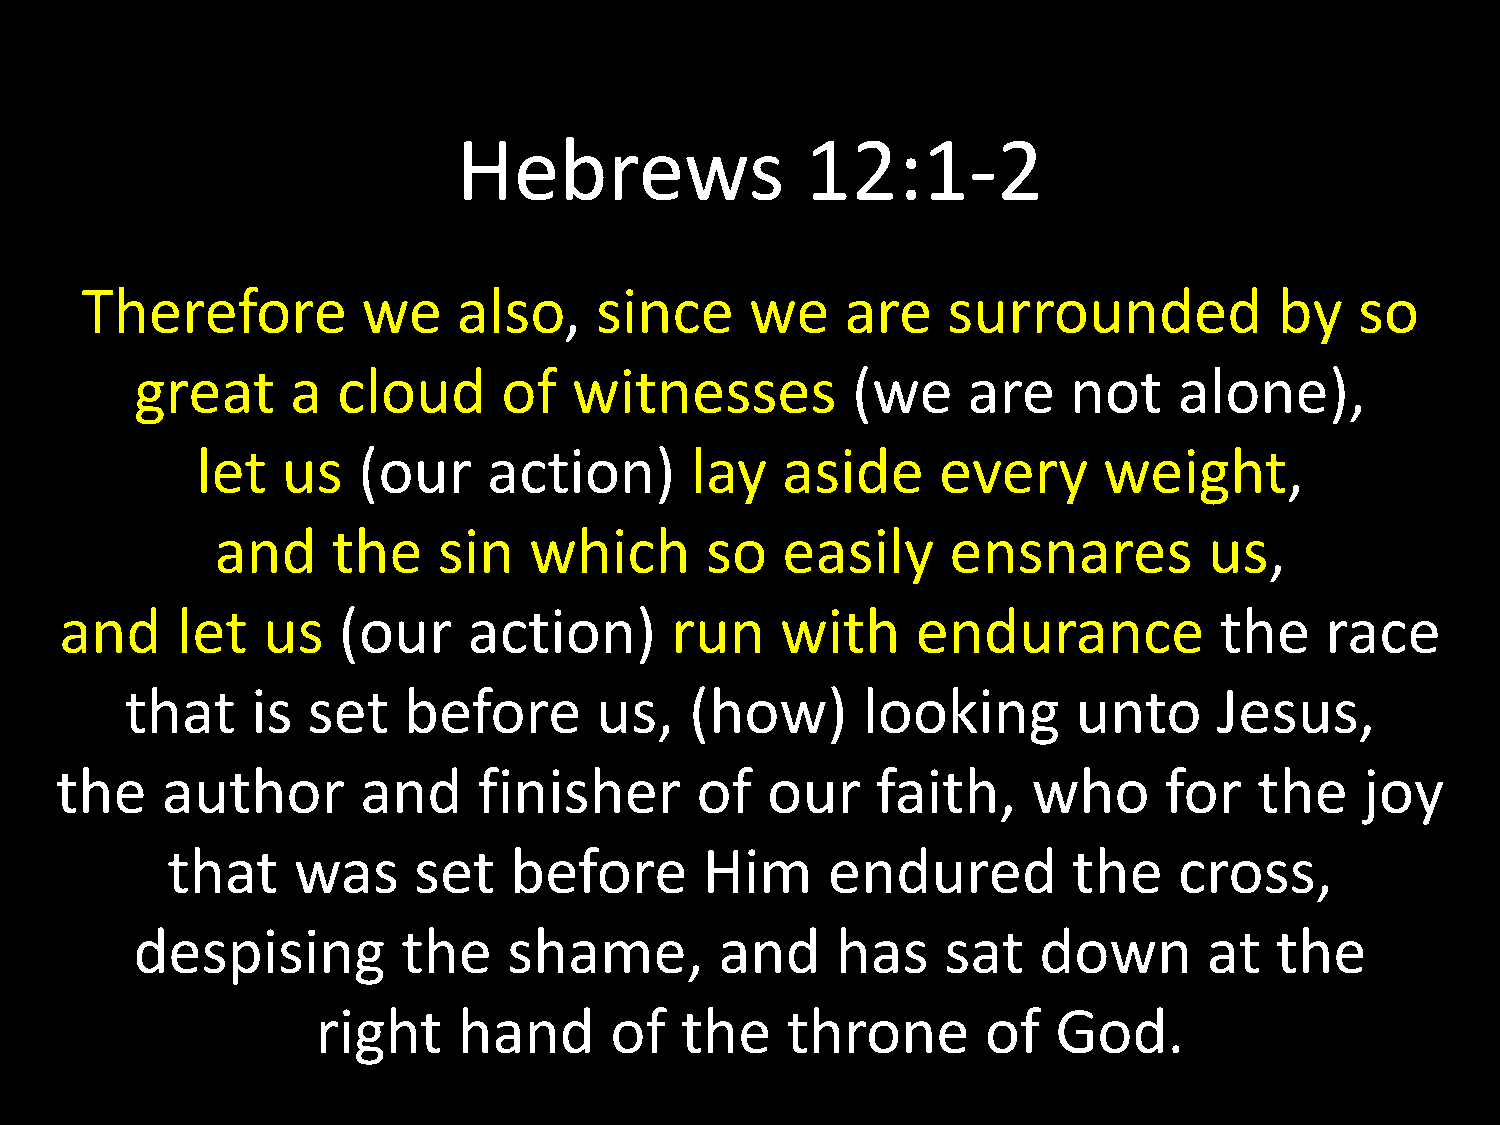
Hebrews                12:1-2
 Therefore          we    also,    since      we    are    surrounded            by   so
 great     a  cloud      of   witnesses         (we     are    not    alone),
 let   us   (our    action)       lay   aside     every      weight,
 and     the    sin   which       so   easily     ensnares         us,
 and     let  us   (our     action)      run     with     endurance           the    race
 that     is set    before      us,    (how)      looking       unto      Jesus,
 the    author       and     finisher      of   our    faith,    who      for   the    joy
 that    was     set    before       Him     endured         the    cross,
 despising         the    shame,        and    has     sat   down       at  the
 right    hand      of   the    throne       of   God.